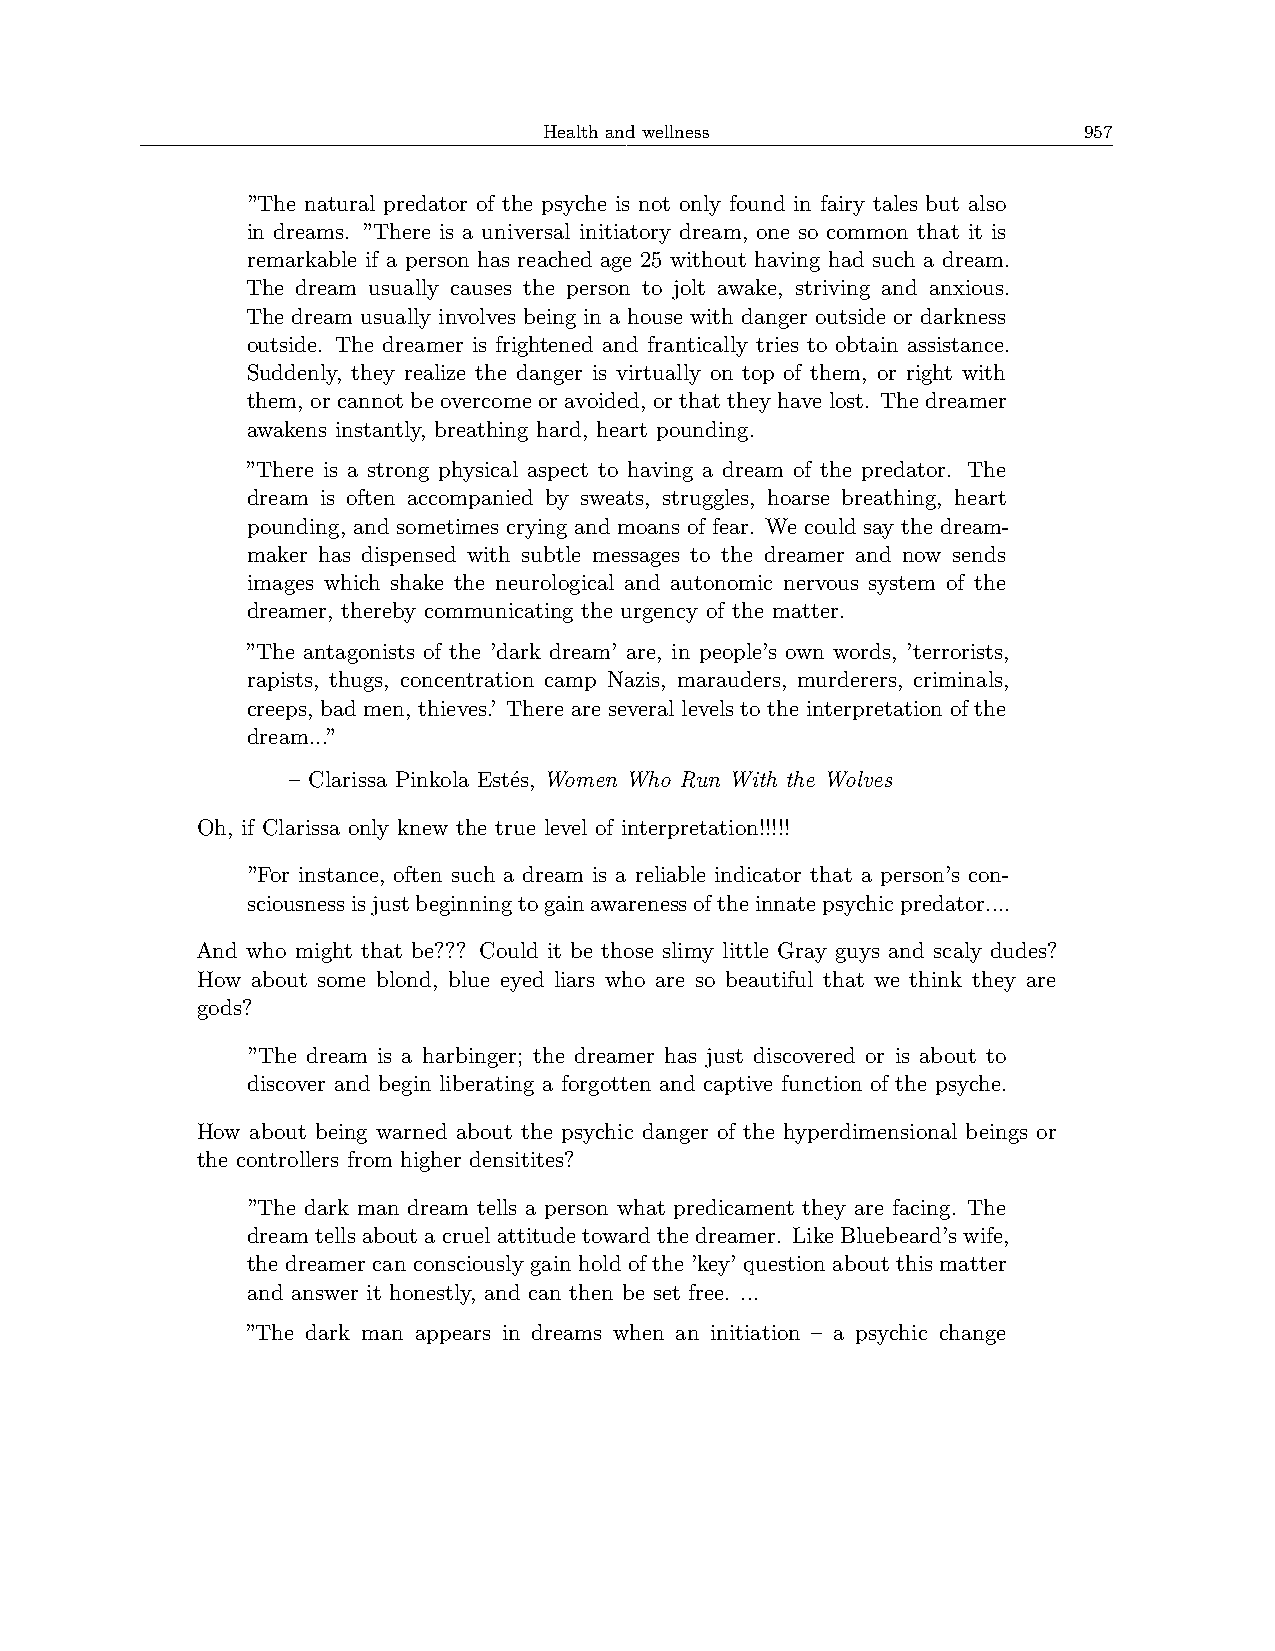
Health and wellness                 957
 ”The natural predator of the psyche is not only found in fairy tales but also
 in dreams. ”There is a universal initiatory dream, one so common that it is
 remarkable if a person has reached age 25 without having had such a dream.
 The dream usually causes the person to jolt awake, striving and anxious.
 The dream usually involves being in a house with danger outside or darkness
 outside. The dreamer is frightened and frantically tries to obtain assistance.
 Suddenly, they realize the danger is virtually on top of them, or right with
 them, or cannot be overcome or avoided, or that they have lost. The dreamer
 awakens instantly, breathing hard, heart pounding.
 ”There is a strong physical aspect to having a dream of the predator. The
 dream is often accompanied by sweats, struggles, hoarse breathing, heart
 pounding, and sometimes crying and moans of fear. We could say the dream-
 maker has dispensed with subtle messages to the dreamer and now sends
 images which shake the neurological and autonomic nervous system of the
 dreamer, thereby communicating the urgency of the matter.
 ”The antagonists of the ’dark dream’ are, in people’s own words, ’terrorists,
 rapists, thugs, concentration camp Nazis, marauders, murderers, criminals,
 creeps, bad men, thieves.’ There are several levels to the interpretation of the
 dream...”
 – Clarissa Pinkola Estés, Women Who Run With the Wolves
 Oh, if Clarissa only knew the true level of interpretation!!!!!
 ”For instance, often such a dream is a reliable indicator that a person’s con-
 sciousnessisjustbeginningtogainawarenessoftheinnatepsychicpredator....
 And who might that be??? Could it be those slimy little Gray guys and scaly dudes?
 How about some blond, blue eyed liars who are so beautiful that we think they are
 gods?
 ”The dream is a harbinger; the dreamer has just discovered or is about to
 discover and begin liberating a forgotten and captive function of the psyche.
 How about being warned about the psychic danger of the hyperdimensional beings or
 the controllers from higher densitites?
 ”The dark man dream tells a person what predicament they are facing. The
 dreamtellsaboutacruelattitudetowardthedreamer. LikeBluebeard’swife,
 the dreamer can consciously gain hold of the ’key’ question about this matter
 and answer it honestly, and can then be set free. ...
 ”The dark man appears in dreams when an initiation – a psychic change